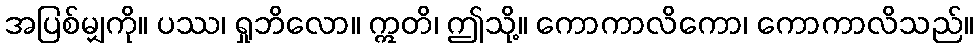
အပြစ်မျှကို။ ပဿ၊ ရှုဘိလော။ ဣတိ၊ ဤသို့။ ကောကာလိကော၊ ကောကာလိသည်။